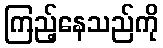
ကြည့်နေသည်ကို